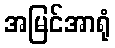
အမြင်အာရုံ